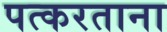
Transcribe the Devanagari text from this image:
पत्करताना